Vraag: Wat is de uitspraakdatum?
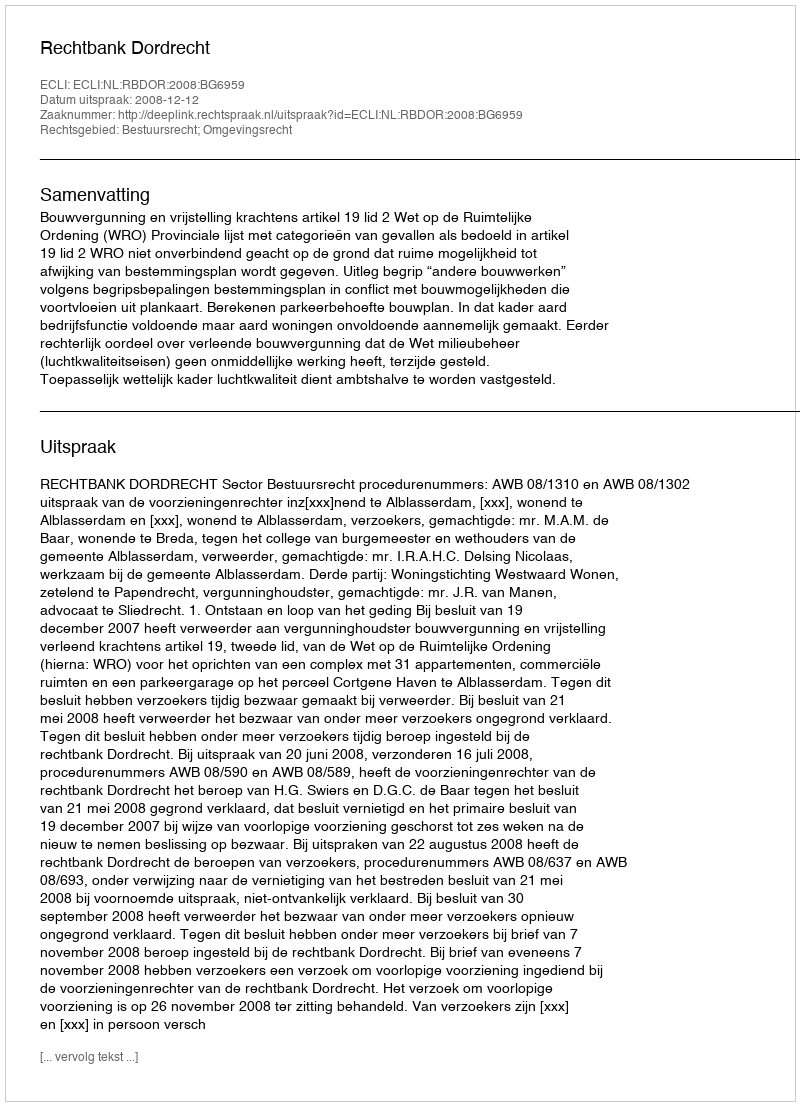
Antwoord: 2008-12-12